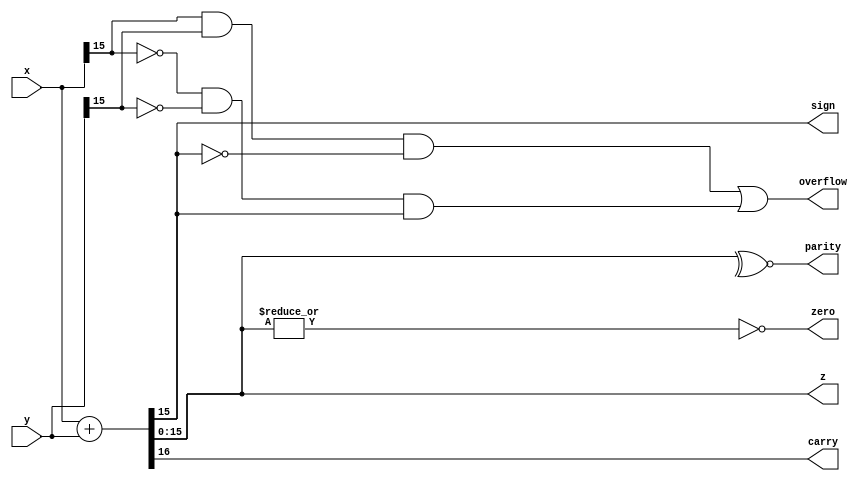
module alu1 (x,y,z,sign,zero,carry,parity,overflow);
input [15:0]x,y;
output [15:0]z;
output sign,zero,carry,parity,overflow;
assign {carry,z}=x+y;
assign sign =z[15];
assign zero =~|z;
assign parity=~^z;
assign overflow=(x[15]&y[15]&~z[15])|(~x[15]&~y[15]&z[15]);
endmodule


//test code for alu.

module alutb();
reg [15:0]X,Y;
wire [15:0]Z;
wire S,ZR,CY,P,OV;
alu1 DUT (X,Y,Z,S,ZR,CY,P,OV);
initial 
begin
$monitor ($time,"X=%h,Y=%h,Z=%h,S=%b,ZR=%b,CY=%b,P=%b,OV=%b",X,Y,Z,S,ZR,CY,P,OV);
#5 X=$random; Y=$random;
#5 X=$random; Y=$random;
#5 $finish;  
end
endmodule